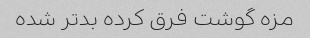
مزه گوشت فرق کرده بدتر شده